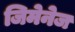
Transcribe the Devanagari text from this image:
जिमेनेज